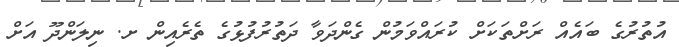
އުތުރުގެ ބައެއް ރަށްތަކަށް ކުރައްވަމުން ގެންދަވާ ދަތުރުފުޅުގެ ތެރެއިން ށ. ނިލަންދޫ އަށް